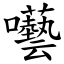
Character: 囈